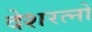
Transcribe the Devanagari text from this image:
देशरत्नों